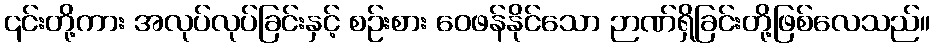
၎င်းတို့ကား အလုပ်လုပ်ခြင်းနှင့် စဉ်းစား ဝေဖန်နိုင်သော ဉာဏ်ရှိခြင်းတို့ဖြစ်လေသည်။